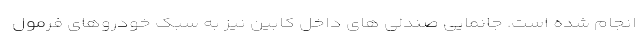
انجام شده است. جانمایی صندلی های داخل کابین نیز به سبک خودروهای فرمول